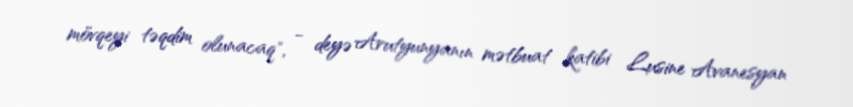
mövqeyi təqdim olunacaq", - deyə Arutyunyanın mətbuat katibi Lusine Avanesyan